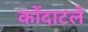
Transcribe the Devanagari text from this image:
कोंदाटले